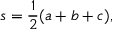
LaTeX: s = { \frac { 1 } { 2 } } ( a + b + c ) ,